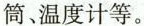
筒、温度计等。